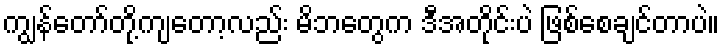
ကျွန်တော်တို့ကျတော့လည်း မိဘတွေက ဒီအတိုင်းပဲ ဖြစ်စေချင်တာပဲ။